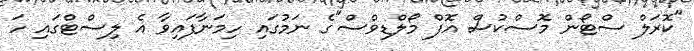
"ކޮރަލް ސްޓޯން މޮސްކުސް އޮފް މޯލްޑިވްސް"ގެ ނަމުގައި ހިމަނާފައިވާ އެ ލިސްޓްގައި ހަ